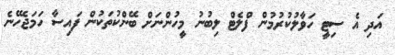
އަދި އެ ސިޓީ ހަވާލުކުރުމުން ފްލެޓް ލިބުނު މީހުންނަށް ބޭންކުތަކުން ފައިސާ ހަމަޖެހޭނެ